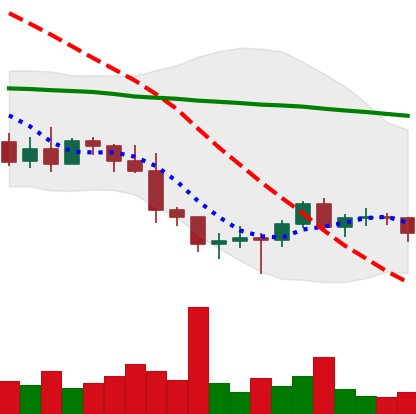
Ticker: BTC-USD
Chart end date: 2022-01-17
Forward return: -17.089%
Label: down_7plus